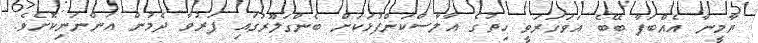
ޔާމީނާ އެއްބަފާ ބޭބެ އަވަހަރަވީ ހިތުގެ އާލާސްކަންފުޅަކަށް ބެންގަލޫރުގައި ފަރުވާ ދެމުން އަންނަނިކޮށެވެ.